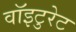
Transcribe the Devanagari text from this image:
वॉइटुरेट